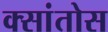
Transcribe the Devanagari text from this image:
क्सांतोस